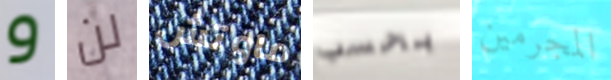
و لن ماوتش بحسب المجرمين